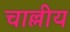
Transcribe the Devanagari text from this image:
चाल्लीय